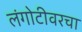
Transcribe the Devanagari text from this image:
लंगोटीवरचा